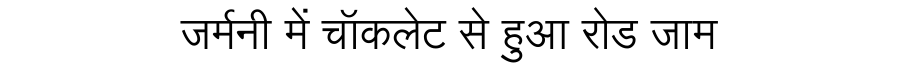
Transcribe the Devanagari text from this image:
जर्मनी में चॉकलेट से हुआ रोड जाम